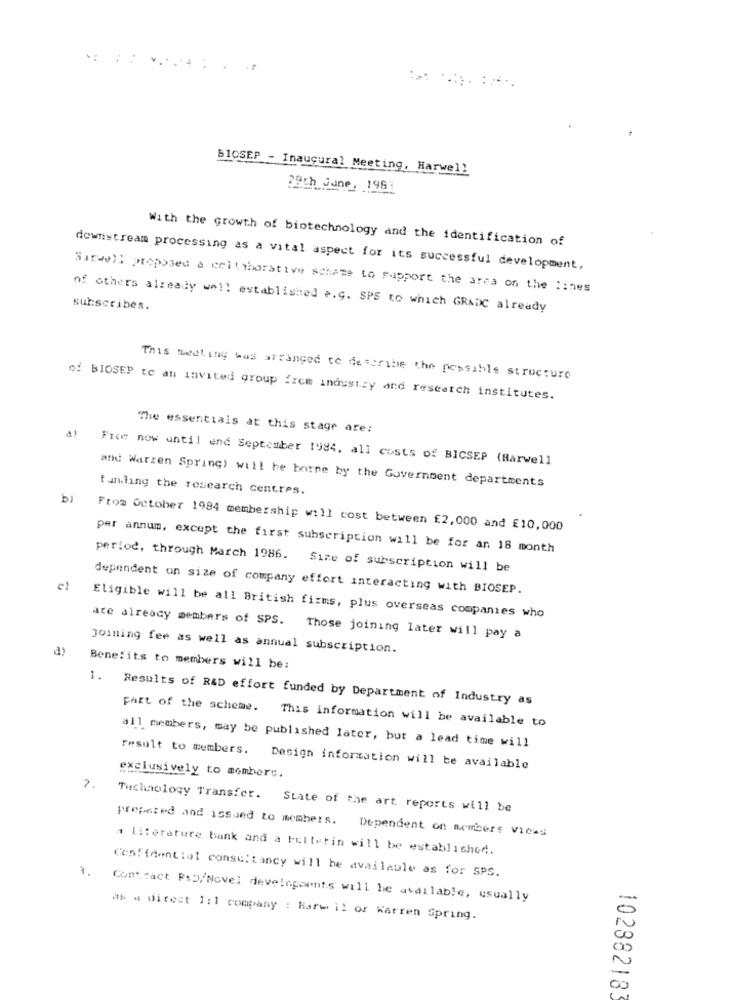
BIOSEP - Inaugural Meeting, Harwell
29th June, 1967
With the growth of biotechnology and the identification of
downstream processing as a vital aspect for its successful development,
Sitwell proposed a ceitthorative scheme to support the area on the lines
subscribes.
of others already well established e.g. SPE to which GRADC already
This meeting was arranged to describe the possible structure
of BIOSEP te an invited group frem industry and research institutes.
The essentials at this stage are:
Fice now until end September 1984, all costs of BICSEP (Harwell
and Warzen Spring) will he borne by the Government departments
funding the research centres.
bi
From October 1994 membership will cost between £2,000 and £10,000
per annum, except the first subscription will be for an 18 month
period, through March 1986.
Size of subscription will be
dependent on size of company effort interacting with BIOSEP.
are already members of SPS.
Eligible will be all British fizms, plus overseas companies who
Those joining later will pay a
Joining fee as well as annual subscription.
Benefits to members will be:
1. Results of R&D effort funded by Department of Industry as
part of the scheme. This information will be available to
all members, may be published later, but a lead time will
result to members.
exclusively to members.
Design information will be available
2.
Technology Transfer.
State of the art reports will be
prepared and issued to members. Dependent on members vicas
A literature bank and a Filterin will be established.
1.
Confidential consultancy will be available as for SPS.
Cont. fact Ps3/Novel developments will be available, usually
as a direct 1:1 company : Harw il or Warren Spring.
Co
00
102382183